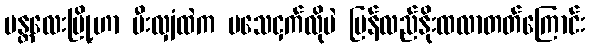
မန္တလေးမြို့ဟာ မီးလျှံထဲက မသေငှက်လိုပဲ ပြန်လည်နိုးထလာတတ်ကြောင်း